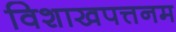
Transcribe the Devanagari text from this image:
विशाखपत्तनम